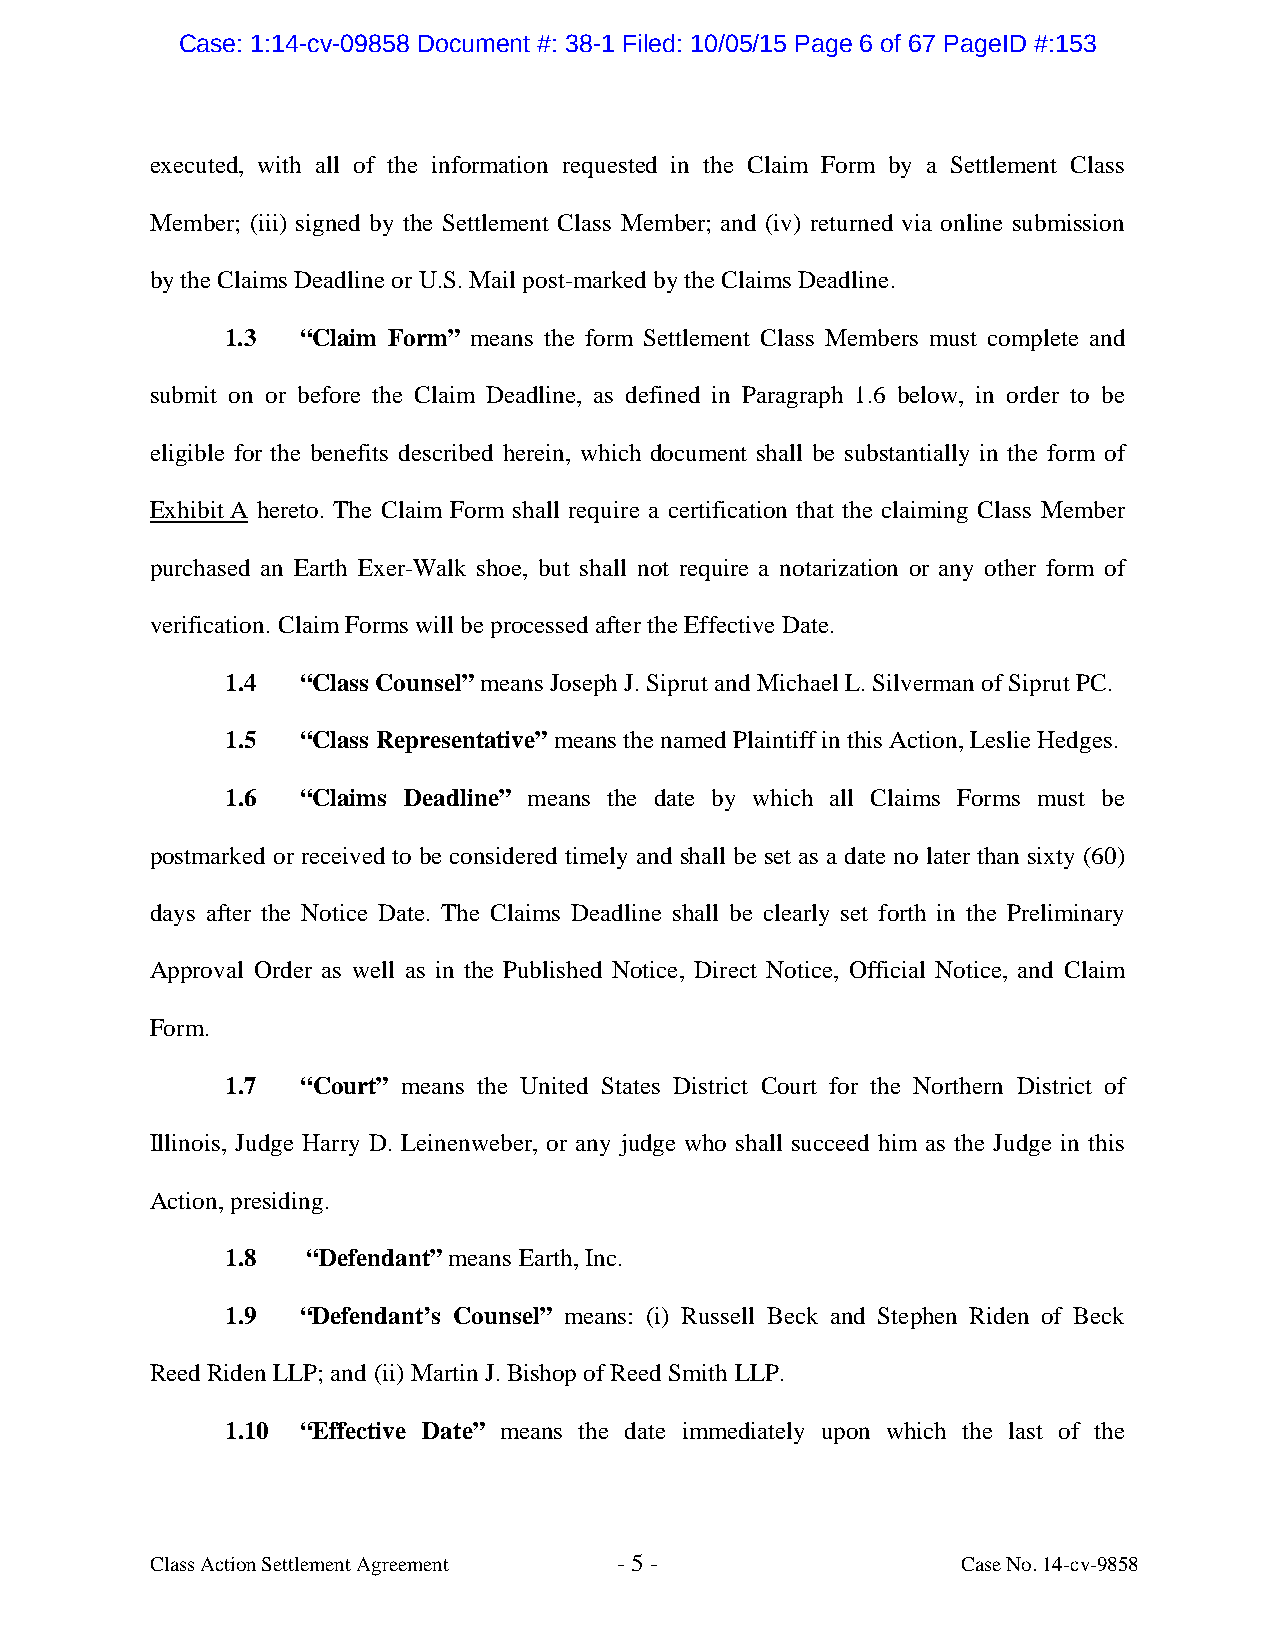
Case: 1:14-cv-09858 Document #: 38-1 Filed: 10/05/15 Page 6 of 67 PageID #:153
 executed, with all of the information requested in the Claim Form by a Settlement Class
 Member; (iii) signed by the Settlement Class Member; and (iv) returned via online submission
 by the Claims Deadline or U.S. Mail post-marked by the Claims Deadline.
 1.3  “Claim Form” means the form Settlement Class Members must complete and
 submit on or before the Claim Deadline, as defined in Paragraph 1.6 below, in order to be
 eligible for the benefits described herein, which document shall be substantially in the form of
 Exhibit A hereto. The Claim Form shall require a certification that the claiming Class Member
 purchased an Earth Exer-Walk shoe, but shall not require a notarization or any other form of
 verification. Claim Forms will be processed after the Effective Date.
 1.4  “Class Counsel” means Joseph J. Siprut and Michael L. Silverman of Siprut PC.
 1.5  “Class Representative” means the named Plaintiff in this Action, Leslie Hedges.
 1.6  “Claims Deadline” means the date by which all Claims Forms must be
 postmarked or received to be considered timely and shall be set as a date no later than sixty (60)
 days after the Notice Date. The Claims Deadline shall be clearly set forth in the Preliminary
 Approval Order as well as in the Published Notice, Direct Notice, Official Notice, and Claim
 Form.
 1.7  “Court” means the United States District Court for the Northern District of
 Illinois, Judge Harry D. Leinenweber, or any judge who shall succeed him as the Judge in this
 Action, presiding.
 1.8  “Defendant” means Earth, Inc.
 1.9  “Defendant’s Counsel” means: (i) Russell Beck and Stephen Riden of Beck
 Reed Riden LLP; and (ii) Martin J. Bishop of Reed Smith LLP.
 1.10 “Effective Date” means the date immediately upon which the last of the
 Class Action Settlement Agreement - 5 -               Case No. 14-cv-9858